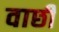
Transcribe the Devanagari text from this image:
वाछी